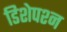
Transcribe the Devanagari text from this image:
डिशेपश्न